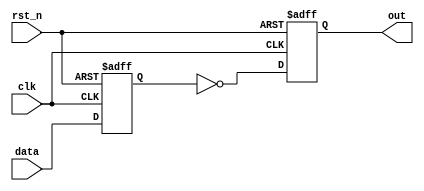
module SequentialLogic (
    input wire clk,         // Clock input
    input wire rst_n,      // Active-low reset
    input wire [3:0] data, // 4-bit data input
    output reg [3:0] out   // 4-bit output
);

// Internal signals
reg [3:0] internal_reg;

// Initialization
initial begin
    out = 4'b0000;         // Default state for output
    internal_reg = 4'b0000; // Default state for internal register
end

// Sequential logic block with non-blocking assignments
always @(posedge clk or negedge rst_n) begin
    if (!rst_n) begin
        // Reset condition
        out <= 4'b0000;      // Reset output
        internal_reg <= 4'b0000; // Reset internal register
    end else begin
        // Update internal signal and output based on input data
        internal_reg <= data;  // Capture input data in internal register
        // Example logic: output is inverted internal register
        out <= ~internal_reg;   // Output is the inverted value
    end
end

endmodule